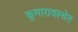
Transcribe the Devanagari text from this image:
कुमारावस्थेत